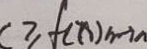
C \geq f ( x ) _ { \min }